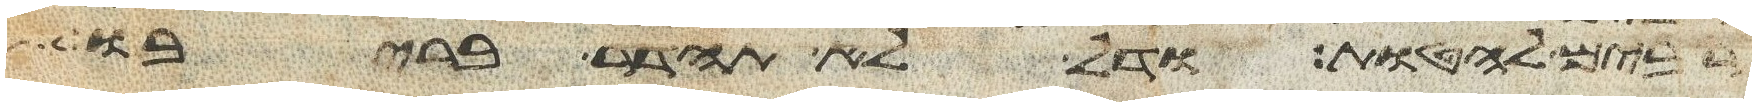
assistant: רבים להטות ודל לא תהדר בריבו